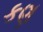
કણ